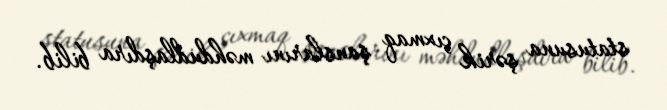
statusuna şərik çıxmaq şanslarını məhdudlaşdıra bilib.